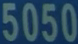
5050